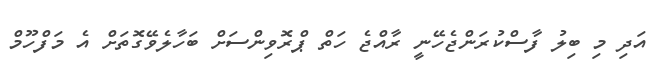
އަދި މި ބިލު ފާސްކުރަންޖެހޭނީ ރާއްޖެ ހަތް ޕްރޮވިންސަށް ބަހާލެވޭގޮތަށް އެ މަފްހޫމް